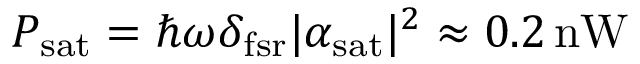
P _ { \mathrm { s a t } } = \hbar \omega \delta _ { \mathrm { f s r } } | \alpha _ { \mathrm { s a t } } | ^ { 2 } \approx 0 . 2 \operatorname { n W }